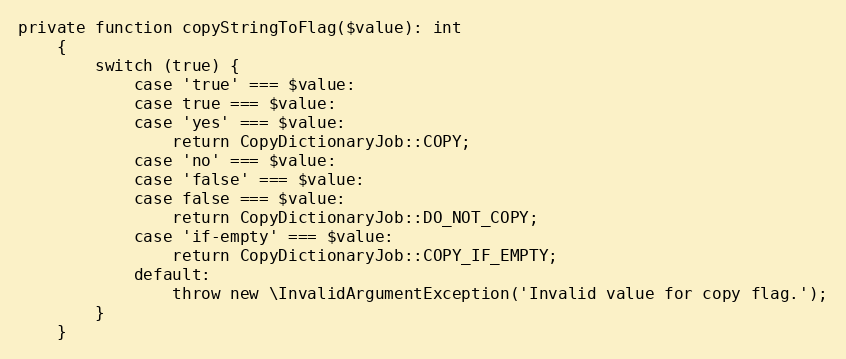
Language: PHP
private function copyStringToFlag($value): int
    {
        switch (true) {
            case 'true' === $value:
            case true === $value:
            case 'yes' === $value:
                return CopyDictionaryJob::COPY;
            case 'no' === $value:
            case 'false' === $value:
            case false === $value:
                return CopyDictionaryJob::DO_NOT_COPY;
            case 'if-empty' === $value:
                return CopyDictionaryJob::COPY_IF_EMPTY;
            default:
                throw new \InvalidArgumentException('Invalid value for copy flag.');
        }
    }